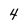
Character: 4